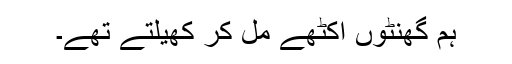
ہم گھنٹوں اکٹھے مل کر کھیلتے تھے۔